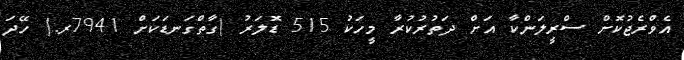
އެވްރެޖުކޮށް ސްރީލަންކާ އަށް ދަތުރުކުރާ މީހަކު 515 ޑޮލަރު (ގާތްގަނޑަކަށް 7941ރ.) ހޭދަ